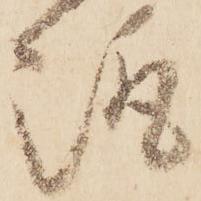
趣